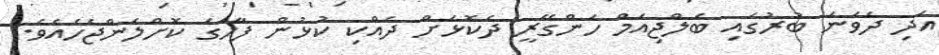
އަދި ދެވަނަ ބުރުގައި ބެލްޖިއަމް ހަންގޭރީ ދެކޮޅަށް ދެއްކި ކުޅުން ފާހަގަ ކޮށްލަންޖެހެއެވެ.